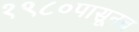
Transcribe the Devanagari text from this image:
१९८०पासूनच